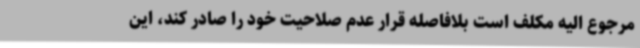
مرجوع الیه مکلف است بلافاصله قرار عدم صلاحیت خود را صادر کند، این